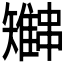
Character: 𫡍